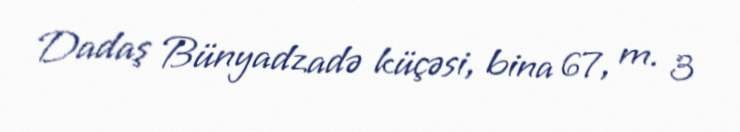
Dadaş Bünyadzadə küçəsi, bina 67, m. 3